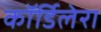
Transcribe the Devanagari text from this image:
कॉर्डिलेरा